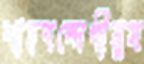
শাহবন্দেগীমুস